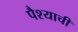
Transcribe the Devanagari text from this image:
पैश्याची